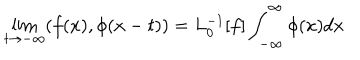
\lim _ { t \rightarrow - \infty } ( f ( x ) , \phi ( x - t ) ) = L _ { 0 } ^ { - 1 } [ f ] \int _ { - \infty } ^ { \infty } \phi ( x ) d x